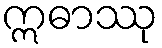
ဣဓာဿု